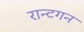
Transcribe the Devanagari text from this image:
रान्टगन